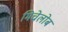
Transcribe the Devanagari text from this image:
मिचेलोब